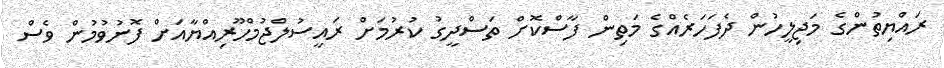
ރައްޔިތުންގެ މަޖިލީހުން ދެފަހަރެއްގެ މަތިން ފާސްކޮށް ތަސްދީގު ކުރުމަށް ރައީސުލްޖުމްހޫރިއްޔާއަށް ފޮނުވުމުން ވެސް